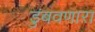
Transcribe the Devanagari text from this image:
डुंबवणारा